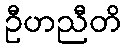
ဦဟညီတိ